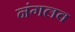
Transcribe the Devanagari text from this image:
नंगलव